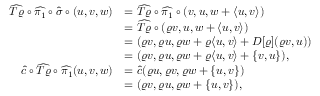
\begin{array} { r l } { \widehat { T \varrho } \circ \widehat { \pi _ { 1 } } \circ \widehat { \sigma } \circ ( u , v , w ) } & { = \widehat { T \varrho } \circ \widehat { \pi _ { 1 } } \circ ( v , u , w + \langle u , v \rangle ) } \\ & { = \widehat { T \varrho } \circ ( \varrho v , u , w + \langle u , v \rangle ) } \\ & { = ( \varrho v , \varrho u , \varrho w + \varrho \langle u , v \rangle + D [ \varrho ] ( \varrho v , u ) ) } \\ & { = ( \varrho v , \varrho u , \varrho w + \varrho \langle u , v \rangle + \{ v , u \} ) , } \\ { \widehat { c } \circ \widehat { T \varrho } \circ \widehat { \pi _ { 1 } } ( u , v , w ) } & { = \widehat { c } ( \varrho u , \varrho v , \varrho w + \{ u , v \} ) } \\ & { = ( \varrho v , \varrho u , \varrho w + \{ u , v \} ) , } \end{array}